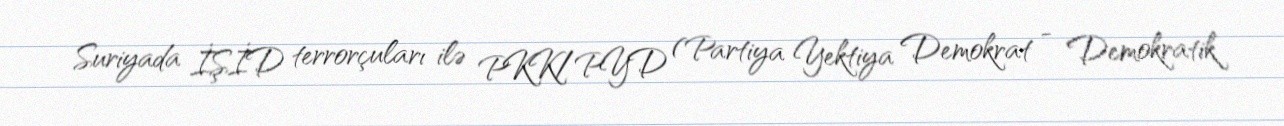
Suriyada İŞİD terrorçuları ilə PKK/PYD (Partiya Yektiya Demokrat - Demokratik